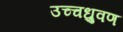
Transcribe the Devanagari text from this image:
उच्चध्रुवण